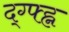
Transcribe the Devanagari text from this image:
द्ग्फ्ह्न